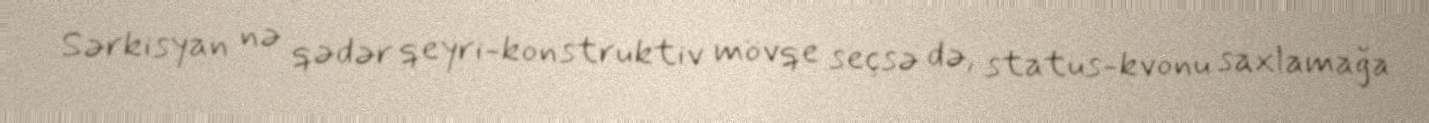
Sərkisyan nə qədər qeyri-konstruktiv mövqe seçsə də, status-kvonu saxlamağa